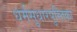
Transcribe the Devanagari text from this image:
धर्मसुधारपुस्तिका